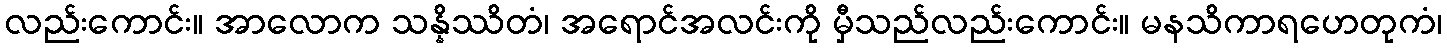
လည်းကောင်း။ အာလောက သန္နိဿိတံ၊ အရောင်အလင်းကို မှီသည်လည်းကောင်း။ မနသိကာရဟေတုကံ၊